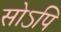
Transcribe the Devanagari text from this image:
सोऽपि